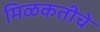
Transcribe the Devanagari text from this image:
मिळकतीचे